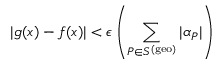
| g ( x ) - f ( x ) | < \epsilon \left( \sum _ { P \in S ^ { \mathrm { ( g e o ) } } } | \alpha _ { P } | \right)